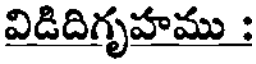
విడిదిగృహము :